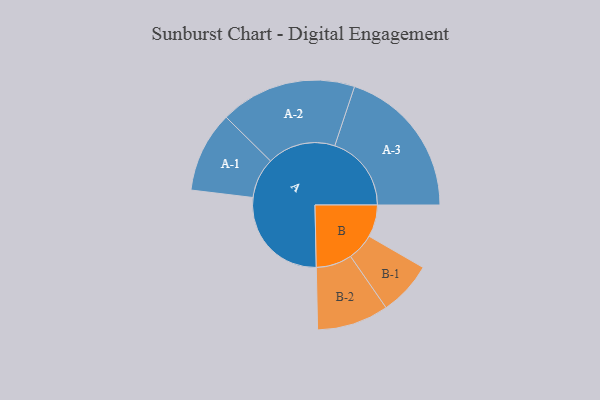
{"axis": {"x": "Segment", "y": "Value"}, "legend": ["", "A", "B"], "data": [{"x": "A", "y": 392, "type": ""}, {"x": "B", "y": 120, "type": ""}, {"x": "A-1", "y": 151, "type": "A"}, {"x": "A-2", "y": 255, "type": "A"}, {"x": "A-3", "y": 286, "type": "A"}, {"x": "B-1", "y": 101, "type": "B"}, {"x": "B-2", "y": 134, "type": "B"}]}